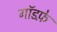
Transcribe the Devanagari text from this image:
गॉडफ़े